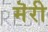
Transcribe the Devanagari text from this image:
मॆरी